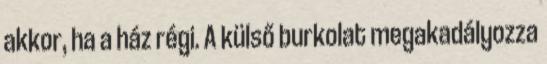
akkor, ha a ház régi. A külső burkolat megakadályozza